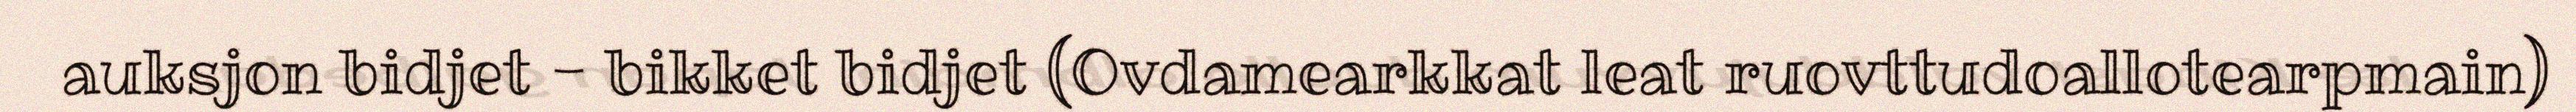
auksjon bidjet - bikket bidjet (Ovdamearkkat leat ruovttudoallotearpmain)